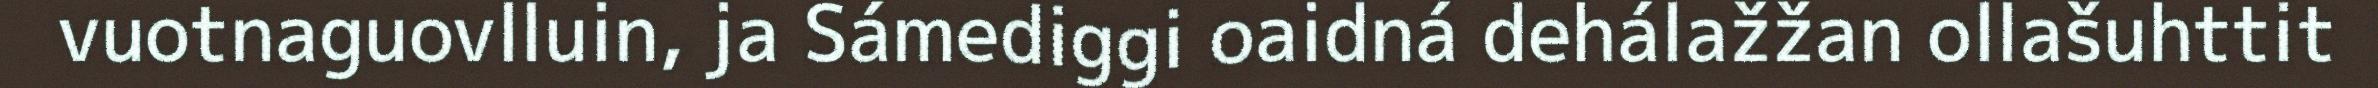
vuotnaguovlluin, ja Sámediggi oaidná dehálažžan ollašuhttit